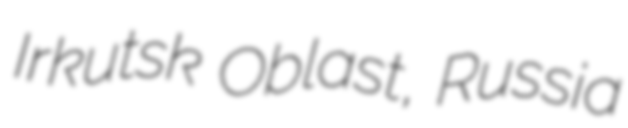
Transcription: Irkutsk Oblast, Russia